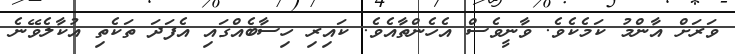
ވަރަށް އާންމު ކަމެކެވެ. ވާނީވެސް އެހެންތާއެވެ. ކައިރި ހިސާބެއްގައި އެފަދަ ތަކެތި އުކާލެވޭނެ